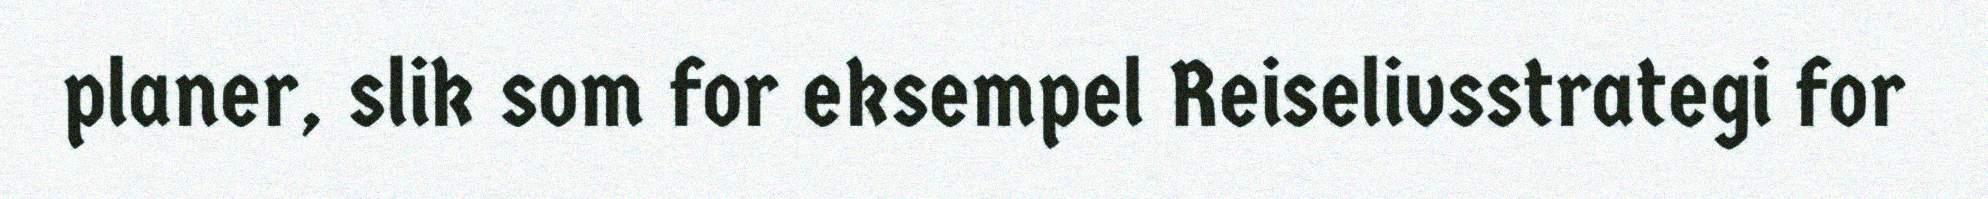
planer, slik som for eksempel Reiselivsstrategi for